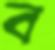
ব